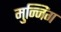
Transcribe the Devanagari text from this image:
मुन्निंग